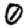
Digit: 0